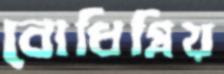
বোধিপ্রিয়